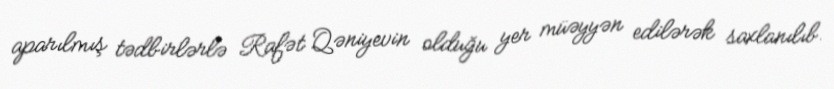
aparılmış tədbirlərlə Rafət Qəniyevin olduğu yer müəyyən edilərək saxlanılıb.